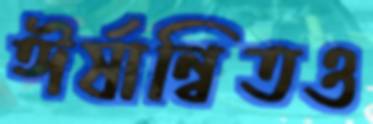
ঈর্ষান্বিতও